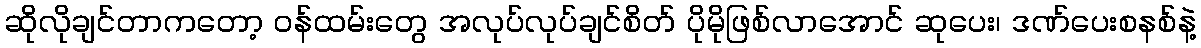
ဆိုလိုချင်တာကတော့ ဝန်ထမ်းတွေ အလုပ်လုပ်ချင်စိတ် ပိုမိုဖြစ်လာအောင် ဆုပေး၊ ဒဏ်ပေးစနစ်နဲ့